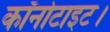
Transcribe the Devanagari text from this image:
कॉर्नोटाइट।